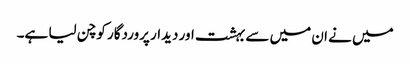
میں نے ان میں سے بہشت اور دیدار پروردگار کو چن لیا ہے۔